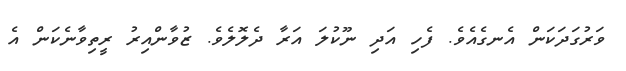
ވަރުގަދަކަން އެނގެއެވެ. ފެހި އަދި ނޫކުލަ އަރާ ދެލޮލެވެ. ޒުވާންއިރު ރީތިވާނެކަން އެ